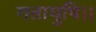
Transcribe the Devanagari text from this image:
गतायुषि।।